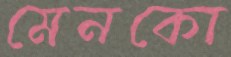
মেনকো